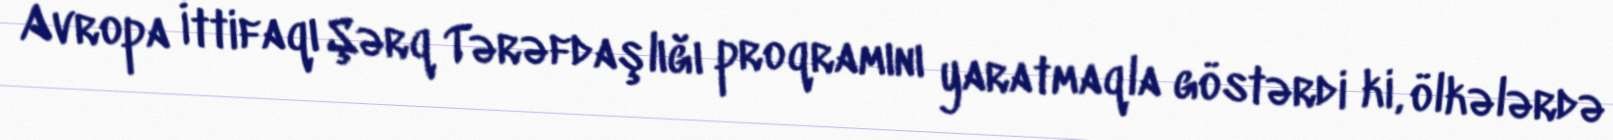
Avropa İttifaqı Şərq Tərəfdaşlığı proqramını yaratmaqla göstərdi ki, ölkələrdə